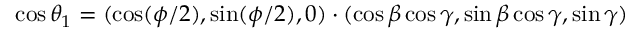
\cos \theta _ { 1 } = ( \cos ( \phi / 2 ) , \sin ( \phi / 2 ) , 0 ) \cdot ( \cos \beta \cos \gamma , \sin \beta \cos \gamma , \sin \gamma )